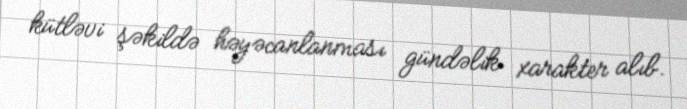
kütləvi şəkildə həyəcanlanması gündəlik xarakter alıb.